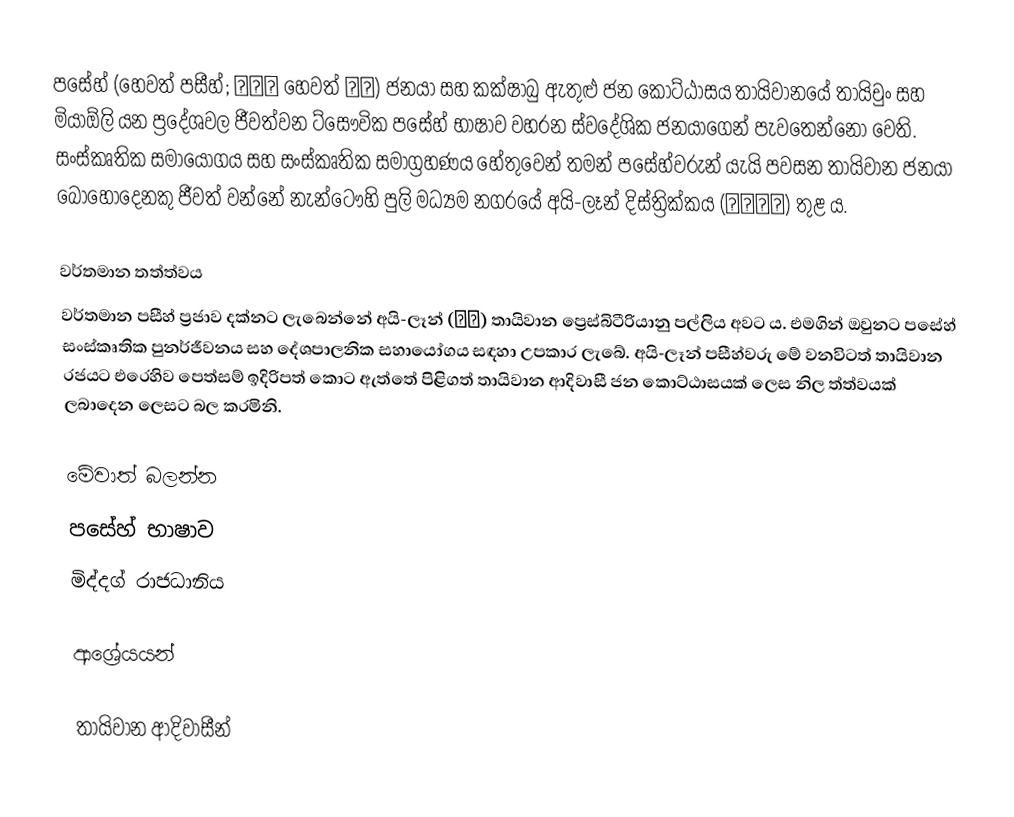
පසේහ් (හෙවත් පසීහ්; 巴則海 හෙවත් 巴宰) ජනයා සහ කක්ෂාබු ඇතුළු ජන කොට්ඨාසය තායිවානයේ තායිචුං සහ මියාඕලි යන ප්‍රදේශවල ජීවත්වන ට්සෞවික පසේහ් භාෂාව වහරන ස්වදේශික ජනයාගෙන් පැවතෙන්නෝ වෙති. සංස්කෘතික සමායෝගය සහ සංස්කෘතික සමාග්‍රහණය හේතුවෙන් තමන් පසේහ්වරුන් යැයි පවසන තායිවාන ජනයා බොහෝදෙනකු ජීවත් වන්නේ නැන්ටෞහි පුලි මධ්‍යම නගරයේ අයි-ලෑන් දිස්ත්‍රික්කය (愛蘭地區) තුළ ය.

වර්තමාන තත්ත්වය
වර්තමාන පසීහ් ප්‍රජාව දක්නට ලැබෙන්නේ අයි-ලෑන් (愛蘭) තායිවාන ප්‍රෙස්බිටීරියානු පල්ලිය අවට ය. එමගින් ඔවුනට පසේහ් සංස්කෘතික පුනර්ජීවනය සහ දේශපාලනික සහායෝගය සඳහා උපකාර ලැබේ. අයි-ලෑන් පසීහ්වරු මේ වනවිටත් තායිවාන රජයට එරෙහිව පෙත්සම් ඉදිරිපත් කොට ඇත්තේ පිළිගත් තායිවාන ආදිවාසී ජන කොට්ඨාසයක් ලෙස නිල ත්ත්වයක් ලබාදෙන ලෙසට බල කරමිනි.

මේවාත් බලන්න
පසේහ් භාෂාව
මිද්දග් රාජධානිය

ආශ්‍රේයයන්

තායිවාන ආදිවාසීන්